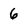
Character: 6